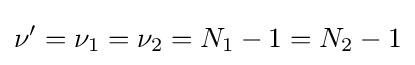
\nu '=\nu _{1}=\nu _{2}=N_{1}-1=N_{2}-1